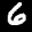
Label: 6